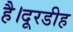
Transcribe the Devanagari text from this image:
है।दूरडीह